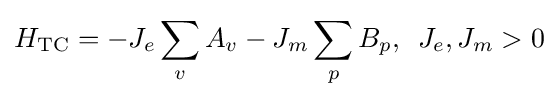
H_{\rm {TC}}=-J_{e}\sum _{v}A_{v}-J_{m}\sum _{p}B_{p},\,\,\,J_{e},J_{m}>0